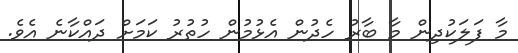
މާ ފަލަކުދިން މާ ބާރު ހެދުން އެޅުމުން ހުތުރު ކަމަށް ދައްކާނެ އެވެ.